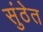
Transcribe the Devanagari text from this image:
सुंठेत